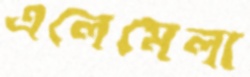
এলেমেলা